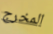
المخرج